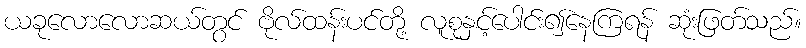
ယခုလောလောဆယ်တွင် ဗိုလ်ထန်းပင်တို့ လူစုနှင့်ပေါင်း၍နေကြရန် ဆုံးဖြတ်သည်။